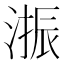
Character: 𱧳